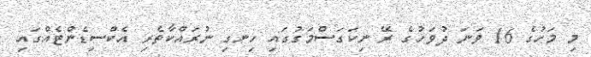
މި މަހުގެ 16 ވަނަ ދުވަހުގެ ރޭ ނިކަގަސްމަގުގައި ހިނގި ނުރައްކާތެރި އެކްސިޑެންޓެއްގައި